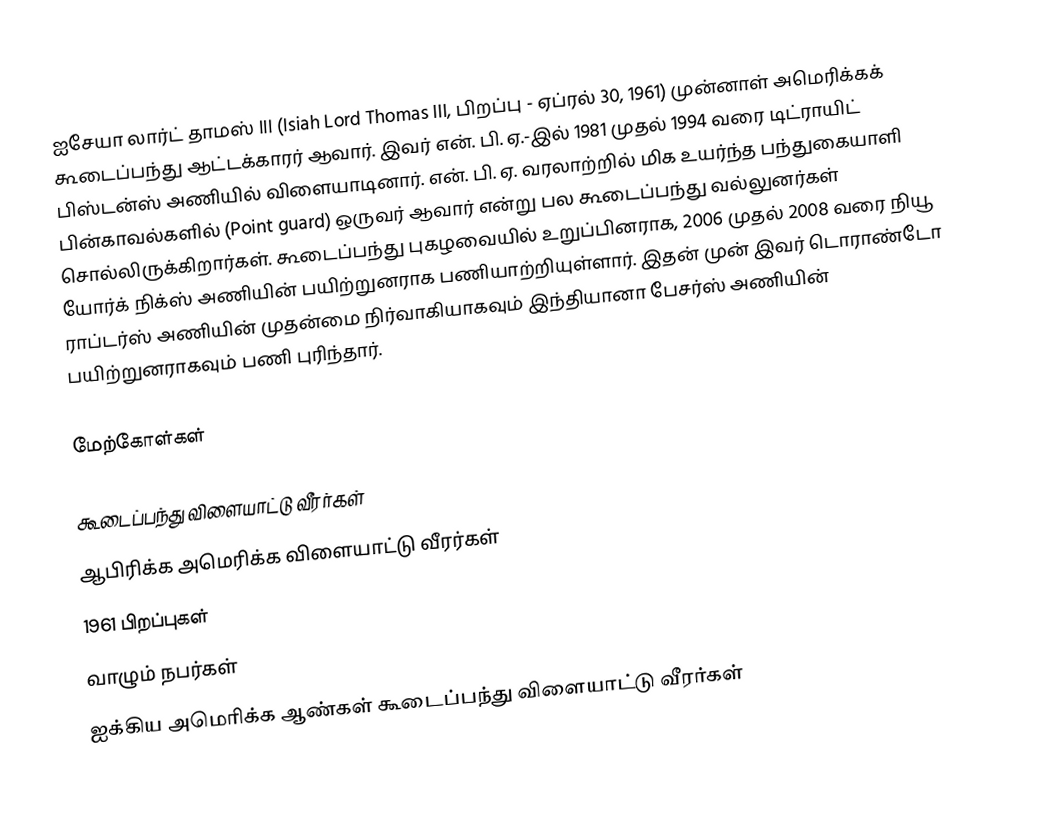
ஐசேயா லார்ட் தாமஸ் III (Isiah Lord Thomas III, பிறப்பு - ஏப்ரல் 30, 1961) முன்னாள் அமெரிக்கக் கூடைப்பந்து ஆட்டக்காரர் ஆவார். இவர் என். பி. ஏ.-இல் 1981 முதல் 1994 வரை டிட்ராயிட் பிஸ்டன்ஸ் அணியில் விளையாடினார். என். பி. ஏ. வரலாற்றில் மிக உயர்ந்த பந்துகையாளி பின்காவல்களில் (Point guard) ஒருவர் ஆவார் என்று பல கூடைப்பந்து வல்லுனர்கள் சொல்லிருக்கிறார்கள். கூடைப்பந்து புகழவையில் உறுப்பினராக, 2006 முதல் 2008 வரை நியூ யோர்க் நிக்ஸ் அணியின் பயிற்றுனராக பணியாற்றியுள்ளார். இதன் முன் இவர் டொராண்டோ ராப்டர்ஸ் அணியின் முதன்மை நிர்வாகியாகவும் இந்தியானா பேசர்ஸ் அணியின் பயிற்றுனராகவும் பணி புரிந்தார்.

மேற்கோள்கள்

கூடைப்பந்து விளையாட்டு வீரர்கள்
ஆபிரிக்க அமெரிக்க விளையாட்டு வீரர்கள்
1961 பிறப்புகள்
வாழும் நபர்கள்
ஐக்கிய அமெரிக்க ஆண்கள் கூடைப்பந்து விளையாட்டு வீரர்கள்